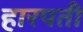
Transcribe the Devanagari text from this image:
हारपती